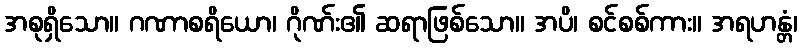
အစုရှိသော။ ဂဏာစရိယော၊ ဂိုဏ်း၏ ဆရာဖြစ်သော။ အပိ၊ စင်စစ်ကား။ အရဟန္တံ၊